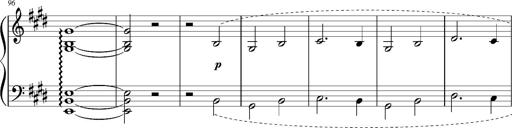
Title: Resignazione, S.187a/b
Composer: Franz Liszt